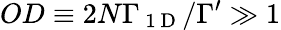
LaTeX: OD\equiv 2N\Gamma_{\mathrm{~1~D~}}/\Gamma^{\prime}\gg 1